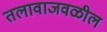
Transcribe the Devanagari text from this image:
तलावाजवळील